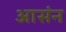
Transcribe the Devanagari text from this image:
आसंन